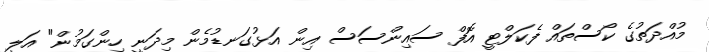
މުއްދަތުގެ ކޯސްތައް ފެކަލްޓީ އޮފް ސައިންސަސް އިން އަޅުގަނޑުމެން މިދަނީ ހިންގަމުން" އަލީ